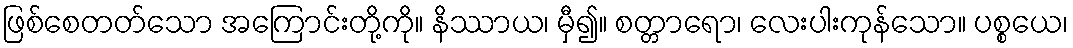
ဖြစ်စေတတ်သော အကြောင်းတို့ကို။ နိဿာယ၊ မှီ၍။ စတ္တာရော၊ လေးပါးကုန်သော။ ပစ္စယေ၊